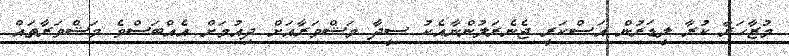
މުޒާހަރާ ކުރާ ލީޑަރުން އަސްކަރީ ޖެނެރަލުންނާއެކު ސީދާ މަޝްވަރާއަށް ދިއުމަށް އެއްބަސްވެ މަޝްވަރާތައް